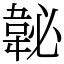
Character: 䪐